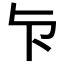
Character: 𭅴